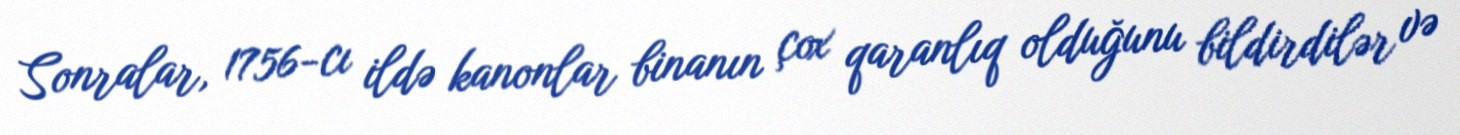
Sonralar, 1756-cı ildə kanonlar binanın çox qaranlıq olduğunu bildirdilər və